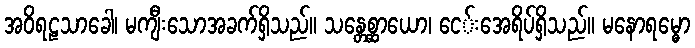
အဝိရဠသာခေါ၊ မကျီးသောအခက်ရှိသည်။ သန္တေစ္ဆာယော၊ ငေ်းအေရိပ်ရှိသည်။ မနောရမ္ဓော